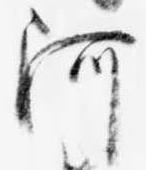
阿